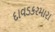
દાવડકરમારા